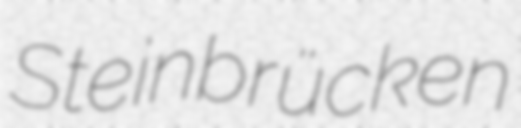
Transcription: Steinbrücken